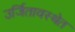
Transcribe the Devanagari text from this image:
उर्जितावस्थेत